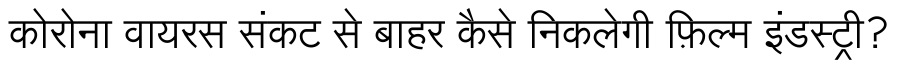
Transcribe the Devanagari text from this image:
कोरोना वायरस संकट से बाहर कैसे निकलेगी फ़िल्म इंडस्ट्री?